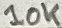
Text: 10K